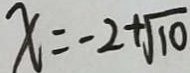
x = - 2 + \sqrt { 1 0 }